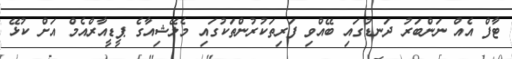
ޓާފް އެއް ނަންބަރު ދަނޑުގައި ބޭއްވި ފަރިތަކުރުންތަކުގައި މެލޭޝިއާގެ ޕީޑީއާރްއެމް އަށް ކުޅޭ